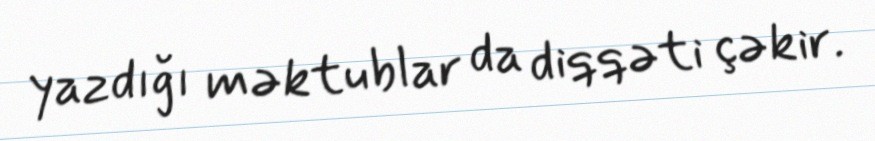
yazdığı məktublar da diqqəti çəkir.